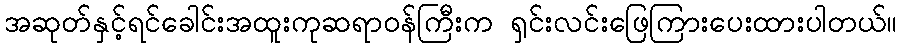
အဆုတ်နှင့်ရင်ခေါင်းအထူးကုဆရာဝန်ကြီးက ရှင်းလင်းဖြေကြားပေးထားပါတယ်။